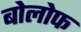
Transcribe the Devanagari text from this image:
बोलोफ